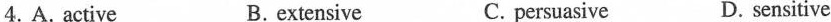
4. A. active B. extensive C. persuasive D. sensitive